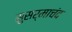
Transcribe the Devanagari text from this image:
सुसर्माचंद